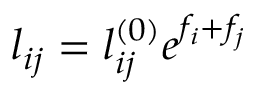
l _ { i j } = l _ { i j } ^ { ( 0 ) } e ^ { f _ { i } + f _ { j } }